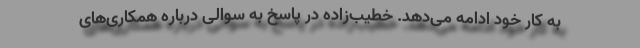
به کار خود ادامه می‌دهد. خطیب‌زاده در پاسخ به سوالی درباره همکاری‌های